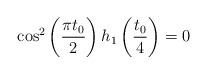
LaTeX: \begin{align*}\cos^2\left(\frac{\pi t_0}{2}\right) h_1\left(\frac{t_0}{4}\right)=0\end{align*}